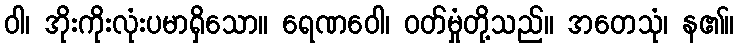
ဝါ၊ အိုးကိုးလုံးပမာရှိသော။ ရေဏဝေါ၊ ဝတ်မှုံတို့သည်။ အတေသုံ၊ န၏။